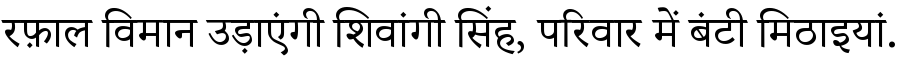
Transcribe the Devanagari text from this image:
रफ़ाल विमान उड़ाएंगी शिवांगी सिंह, परिवार में बंटी मिठाइयां.